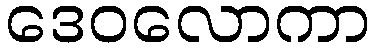
ဒေဝလောကာ